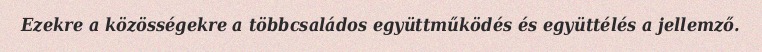
Ezekre a közösségekre a többcsaládos együttműködés és együttélés a jellemző.